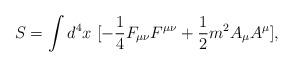
LaTeX: \begin{align*}S = \int d^4x~ [ -\frac{1}{4} F_{\mu\nu} F^{\mu\nu} + \frac{1}{2} m^2 A_\mu A^\mu ],\end{align*}